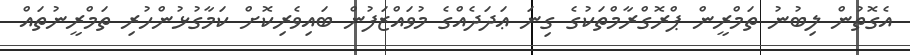
އެގޮތުން ލިބުނު ތަމްރީން ޕްރޮގްރާމްތަކުގެ ގިނަ ޢަދަދެއްގެ މުވައްޒަފުން ބައިވެރިކޮށް ކަމާގުޅުންހުރި ތަމްރީނުތައް